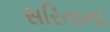
સરિતાના